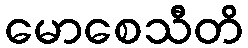
မောစေသီတိ